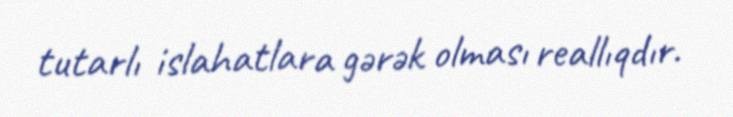
tutarlı islahatlara gərək olması reallıqdır.